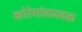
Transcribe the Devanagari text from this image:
कोरेगांवजवळ